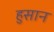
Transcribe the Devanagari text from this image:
हुसान